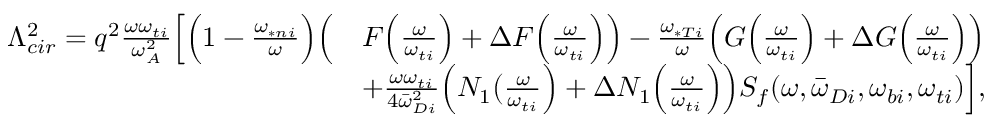
\begin{array} { r l } { \Lambda _ { c i r } ^ { 2 } = q ^ { 2 } \frac { \omega \omega _ { t i } } { \omega _ { A } ^ { 2 } } \Big [ \Big ( 1 - \frac { \omega _ { \ast n i } } { \omega } \Big ) \Big ( } & { F \Big ( \frac { \omega } { \omega _ { t i } } \Big ) + \Delta F \Big ( \frac { \omega } { \omega _ { t i } } \Big ) \Big ) - \frac { \omega _ { \ast T i } } { \omega } \Big ( G \Big ( \frac { \omega } { \omega _ { t i } } \Big ) + \Delta G \Big ( \frac { \omega } { \omega _ { t i } } \Big ) \Big ) } \\ & { + \frac { \omega \omega _ { t i } } { 4 { \bar { \omega } } _ { D i } ^ { 2 } } \Big ( N _ { 1 } \big ( \frac { \omega } { \omega _ { t i } } \Big ) + \Delta N _ { 1 } \Big ( \frac { \omega } { \omega _ { t i } } \Big ) \Big ) { S _ { f } } ( \omega , { \bar { \omega } } _ { D i } , \omega _ { b i } , \omega _ { t i } ) \Big ] , } \end{array}